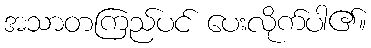
အသာတကြည်ပင် ပေးလိုက်ပါ၏။